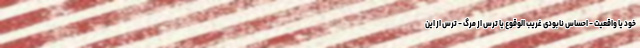
خود یا واقعیت - احساس نابودی غریب الوقوع یا ترس از مرگ - ترس از این